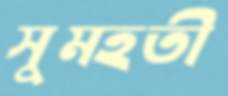
সুমহতী